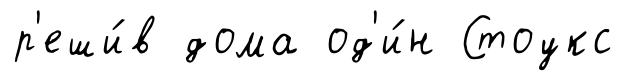
р'еши́в дома од'и́н Стоукс